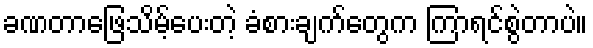
ခဏတာဖြေသိမ့်ပေးတဲ့ ခံစားချက်တွေက ကြာရင်စွဲတာပဲ။